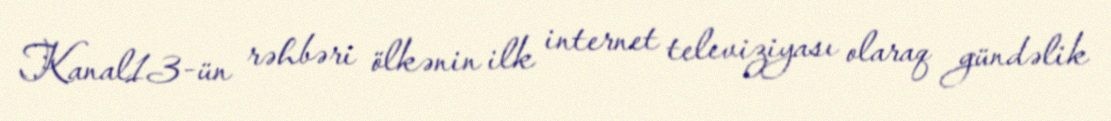
Kanal13-ün rəhbəri ölkənin ilk internet televiziyası olaraq gündəlik